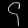
Digit: ၄